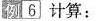
例6}计算：